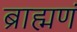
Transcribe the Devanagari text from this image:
ब्राह्मणं